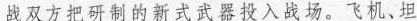
战双方把研制的新式武器投入战场。飞机、坦